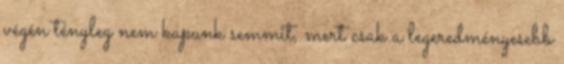
végén tényleg nem kapunk semmit, mert csak a legeredményesebb